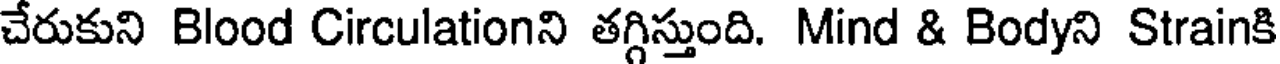
చేరుకుని Blood Circulationని తగ్గిస్తుంది. Mind & Bodyని Strainకి